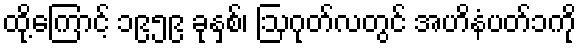
ထို့ကြောင့် ၁၉၅၉ ခုနှစ်၊ ဩဂုတ်လတွင် အဟိနံပတ်၁ကို